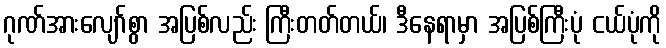
ဂုဏ်အားလျော်စွာ အပြစ်လည်း ကြီးတတ်တယ်၊ ဒီနေရာမှာ အပြစ်ကြီးပုံ ငယ်ပုံကို